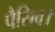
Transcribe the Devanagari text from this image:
पैसिव।